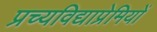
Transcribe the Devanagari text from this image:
प्रच्यविद्याप्रेमियों